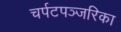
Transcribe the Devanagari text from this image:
चर्पटपञ्जरिका